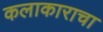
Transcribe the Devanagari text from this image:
कलाकाराचा